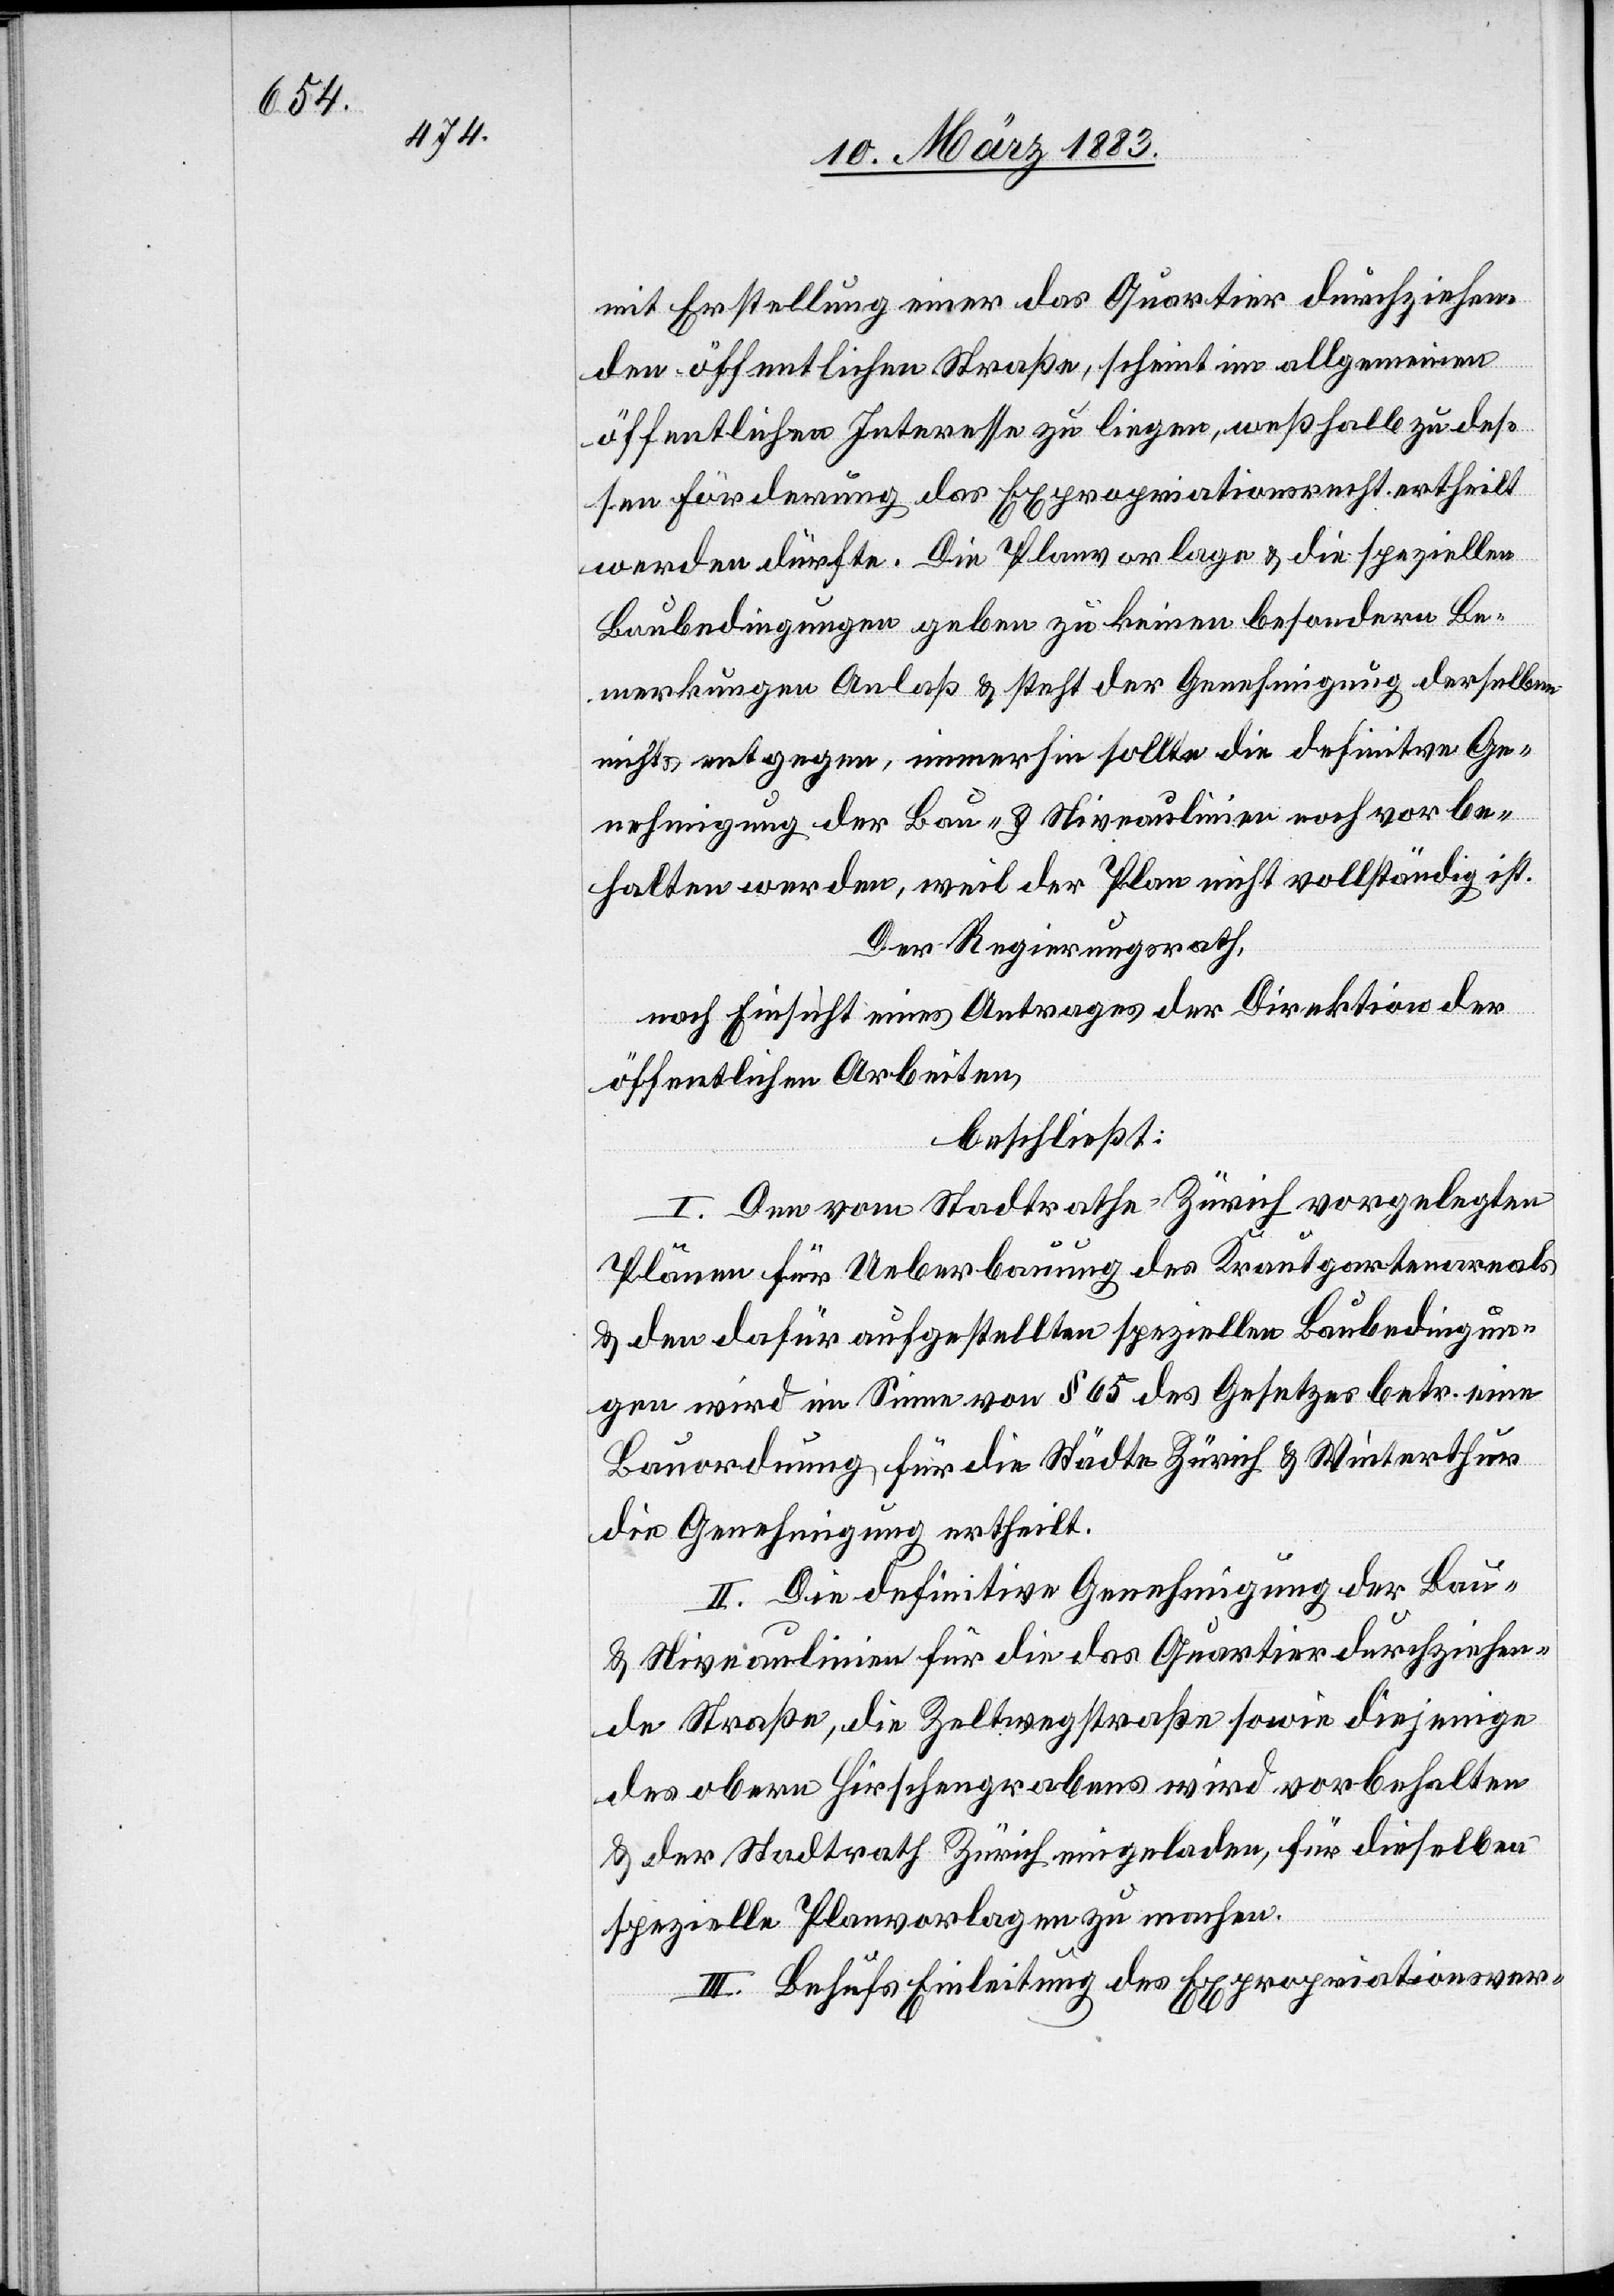
wer-
dieser
öffentlichen Arbeiten
Pläne für Ueberbauung des Krautgartenareals,
die Genehmigung ertheilt